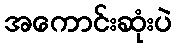
အကောင်းဆုံးပဲ